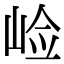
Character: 崄